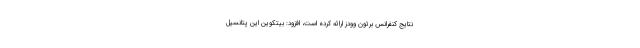
نتایج کنفرانس برتون وودز ارائه کرده است، افزود: بیتکوین این پتانسیل